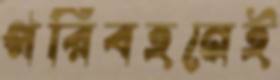
পরিবহনেই